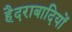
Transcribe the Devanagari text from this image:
हैदराबादियों